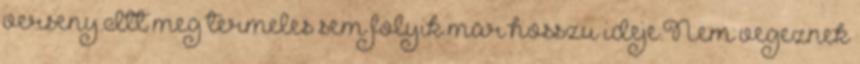
verseny.Itt meg termeles sem folyik mar hosszu ideje.Nem vegeznek